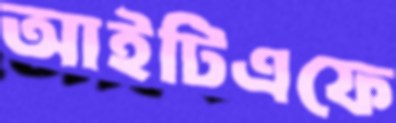
আইটিএফে